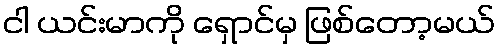
ငါ ယင်းမာကို ရှောင်မှ ဖြစ်တော့မယ်